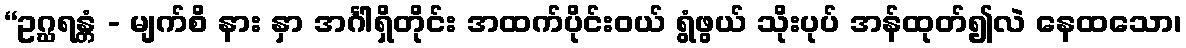
“ဥဂ္ဃရန္တံ - မျက်စိ နား နှာ အင်္ဂါရှိတိုင်း အထက်ပိုင်းဝယ် ရွံဖွယ် သိုးပုပ် အန်ထုတ်၍လဲ နေထသော၊